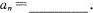
a_{n}=\underline。